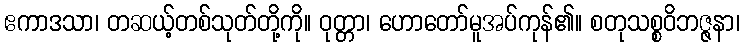
ဧကာဒသာ၊ တဆယ့်တစ်သုတ်တို့ကို။ ဝုတ္တာ၊ ဟောတော်မူအပ်ကုန်၏။ စတုသစ္စဝိဘဇ္ဇနာ၊